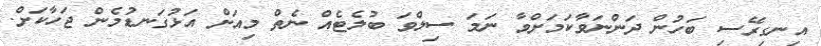
އިނގިރޭސި ބަހުން ދަންނަވާކަމަށްވާ ނަމަ ސިލްވަ ބުލެޓެއް ނެތް މިއަށް އަޅުގަނޑުމެން ޖަހާކަށް.